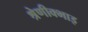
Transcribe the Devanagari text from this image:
श्रेणीक्भाइ